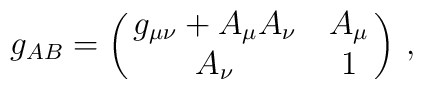
g_{AB} = \pmatrix{ g_{\mu \nu} + A_{\mu} A_{\nu} & A_{\mu} \cr A_{\nu} & 1} \, ,